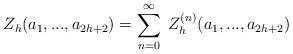
\begin{align*}Z_h(a_1,...,a_{2h+2})=\sum_{n=0}^{\infty}\;Z_h^{(n)}(a_1,...,a_{2h+2})\end{align*}